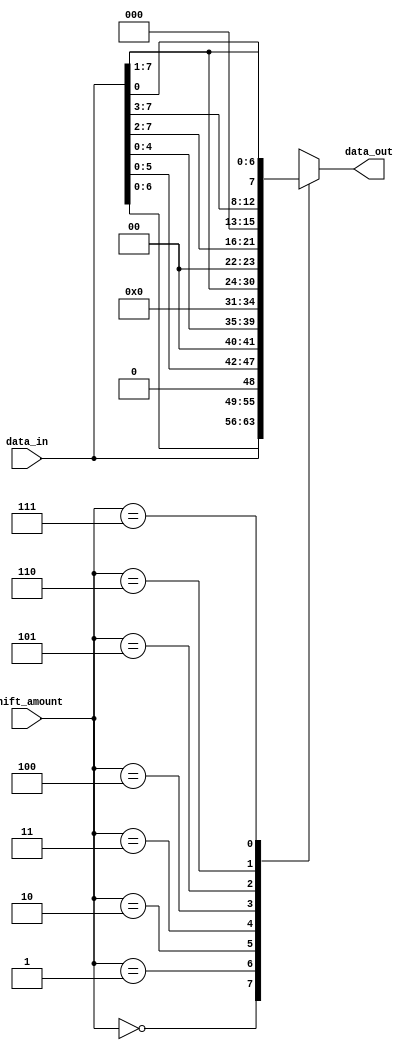
module barrel_shifter(
    input [7:0] data_in,
    input [2:0] shift_amount,
    output [7:0] data_out
);

reg [7:0] data_shifted;

always @(*)
begin
    case(shift_amount)
        3'b000: data_shifted = data_in; // No shift
        3'b001: data_shifted = data_in << 1; // Left shift by 1 position
        3'b010: data_shifted = data_in << 2; // Left shift by 2 positions
        3'b011: data_shifted = data_in << 3; // Left shift by 3 positions
        3'b100: data_shifted = data_in >> 1; // Right shift by 1 position
        3'b101: data_shifted = data_in >> 2; // Right shift by 2 positions
        3'b110: data_shifted = data_in >> 3; // Right shift by 3 positions
        3'b111: data_shifted = {data_in[0], data_in[7:1]}; // Rotate left by 1 position
    endcase
end

assign data_out = data_shifted;

endmodule